Eesti_Vabariigi_Tartu_Ulikool, lk 41
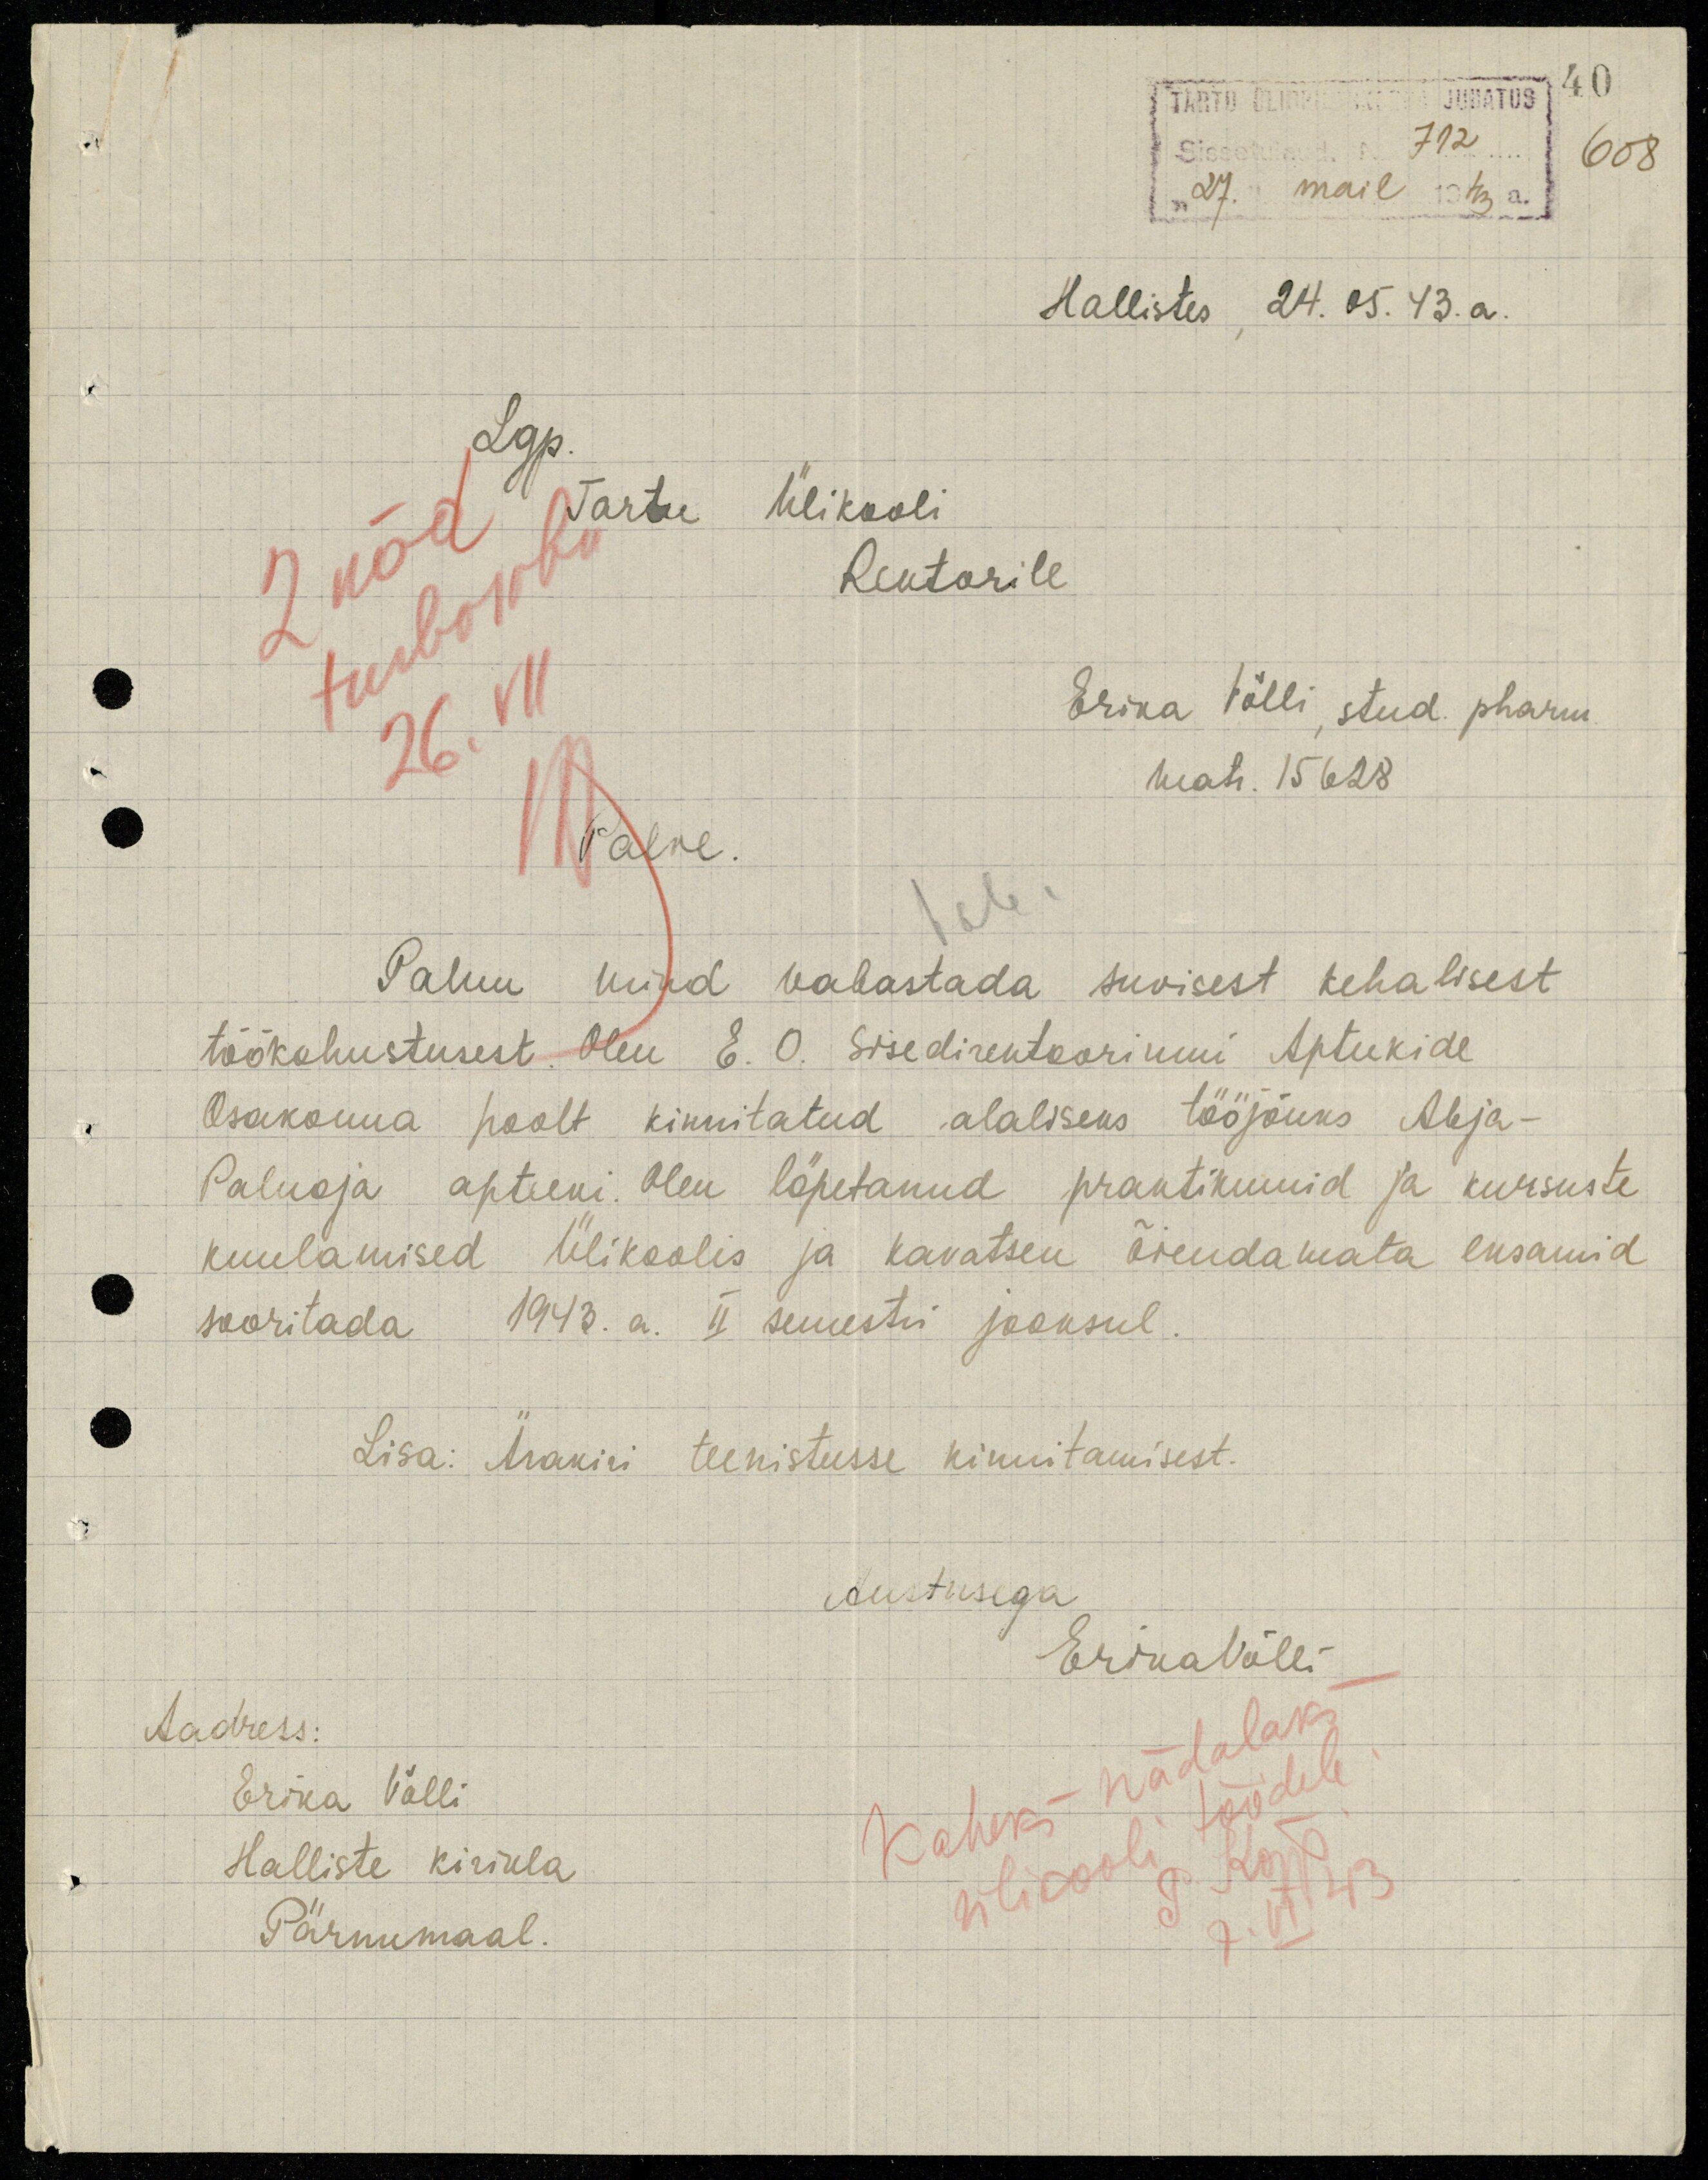
TARTU ÜLIÕPILASKONNA JUHATUS 40
Sissetulnud. N 712 608
"27." mail 1943 a.
Hallistes , 24. 05. 43.a.
Lgp
Tartu Ülikooli
Rektorile
2 näd
turbaraba
26. VII
Erika Võlli, stud. pharm.
matr. 15628
M Palve.
Vab.
Palun mind vabastada suvisest kehalisest
töökohustusest. Olen E. O. Sisedirektooriumi Apteekide
Osakonna poolt kinnitatud alaliseks tööjõuks Abja-
Paluoja apteeki. Olen lõpetanud praktikumid ja kursuste
kuulamised Ülikoolis ja kavatsen õiendamata eksamid
sooritada 1943. a. II semestri jooksul.
Lisa: Ärakiri teenistusse kinnitamisest.
Austusega
Erika Võlli
Aadress:
Erika Võlli
Halliste kirikla
ülikooli töödele
P. Kõpp
Pärnumaal.
Kaheks nädalaks
7.VI.43